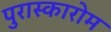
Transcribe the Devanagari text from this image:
पुरास्कारोम